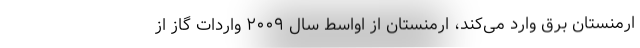
ارمنستان برق وارد می‌کند، ارمنستان از اواسط سال ٢٠٠٩ واردات گاز از